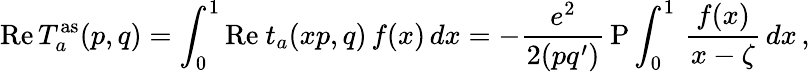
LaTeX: \mathrm{Re}\, T_{a}^{\mathrm{as}}(p,q)=\int_{0}^{1}\mathrm{Re}\ t_{a}(xp,q)\, f(x)\, dx=-\frac{e^{2}}{2(pq^{\prime})}\, \mathrm{P}\int_{0}^{1}\, \frac{f(x)}{x-\zeta}\, dx\, ,